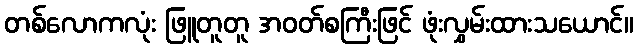
တစ်လောကလုံး ဖြူတူတူ အဝတ်စကြီးဖြင် ဖုံးလွှမ်းထားသယောင်။